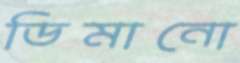
ডিমানো